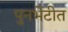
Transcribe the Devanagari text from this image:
पुनर्भेटीत